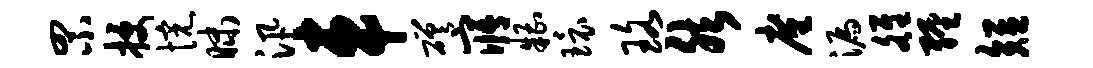
罘授惋昧汛车磋寤糟环珞然廑漏雒缠短